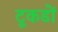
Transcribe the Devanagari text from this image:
टूकडों